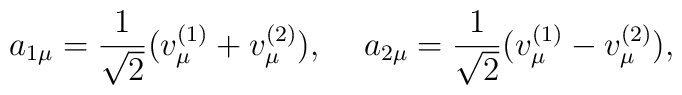
a_{1\mu}=\frac{1}{\sqrt{2}}(v^{(1)}_\mu+v^{(2)}_\mu),\hspace{5mm}a_{2\mu}=\frac{1}{\sqrt{2}}(v^{(1)}_\mu-v^{(2)}_\mu),